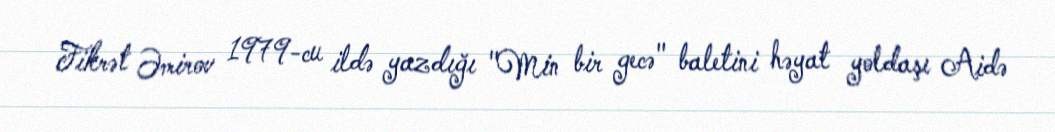
Fikrət Əmirov 1979-cu ildə yazdığı "Min bir gecə" baletini həyat yoldaşı Aidə